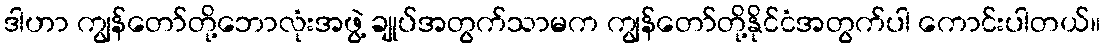
ဒါဟာ ကျွန်တော်တို့ဘောလုံးအဖွဲ့ ချုပ်အတွက်သာမက ကျွန်တော်တို့နိုင်ငံအတွက်ပါ ကောင်းပါတယ်။